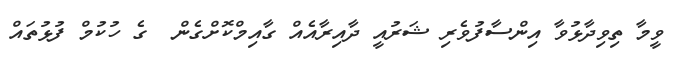
ވީމާ ތިވިދާޅުވާ އިންސާފުވެރި ޝަރުއީ ދާއިރާއެއް ގާއިމްކޮށްގެން  ގެ ހުކުމް ފުޅުތައް